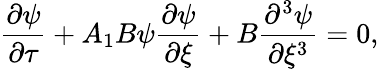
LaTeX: \frac{\partial\psi}{\partial\tau}+A_{1}B\psi\frac{\partial\psi}{\partial\xi}+B\frac{\partial^{3}\psi}{\partial\xi^{3}}=0,